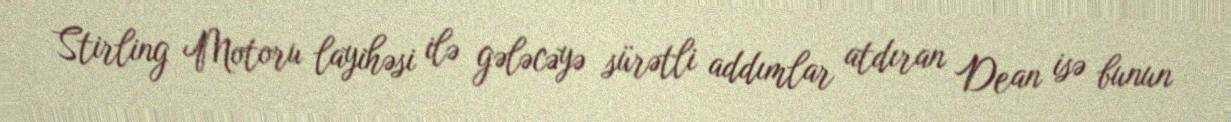
Stirling Motoru layihəsi ilə gələcəyə sürətli addımlar atdıran Dean isə bunun